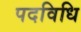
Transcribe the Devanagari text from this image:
पदविधि